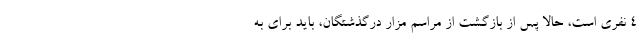
۴ نفری است، حالا پس از بازگشت از مراسم مزار درگذشتگان، باید برای به